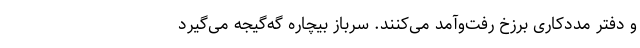
و دفتر مددکاری برزخ رفت‌وآمد می‌کنند. سربازِ بیچاره گه‌گیجه می‌گیرد